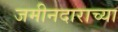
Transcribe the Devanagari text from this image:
जमीनदाराच्या